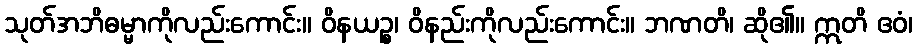
သုတ်အဘိဓမ္မာကိုလည်းကောင်း။ ဝိနယဉ္စ၊ ဝိနည်းကိုလည်းကောင်း။ ဘဏတိ၊ ဆို၏။ ဣတိ ဧဝံ၊